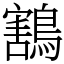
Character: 鶷